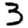
Digit: 3